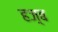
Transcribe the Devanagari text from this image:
हज़्ब